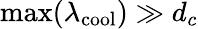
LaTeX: \operatorname*{max}(\lambda_{\mathrm{cool}})\gg d_{c}